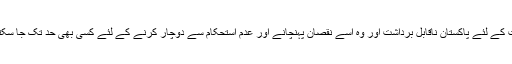
بھارت کے لئے پاکستان ناقابلِ برداشت اور وہ اسے نقصان پہنچانے اور عدم استحکام سے دوچار کرنے کے لئے کسی بھی حد تک جا سکتا ہے۔